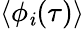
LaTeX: \langle\phi_{\mathit{i}}(\tau)\rangle